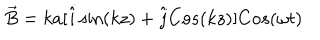
\vec { B } = k a [ \hat { i } \sin ( k z ) + \hat { j } C o s ( k z ) ] C o s ( \omega t )